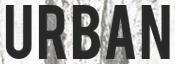
URBAN